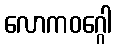
လောကဝဂ္ဂေါ